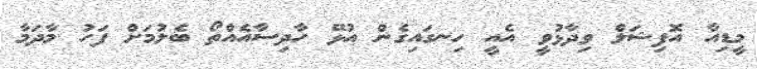
މީޑިއާ އޮފިޝަލް ވިދާޅުވީ އެއީ ހިނގައިގެން އުޅޭ ހާދިސާއެއްތޯ ބެލުމަށް ފަހު މާދަމާ